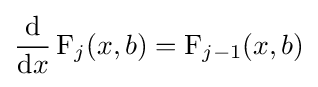
{\frac {\mathrm {d} }{\mathrm {d} x}}\operatorname {F} _{j}(x,b)=\operatorname {F} _{j-1}(x,b)